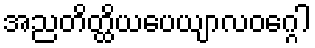
အညတိတ္ထိယပေယျာလဝဂ္ဂေါ